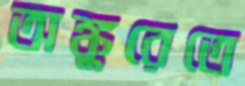
অঙ্কুরেতে